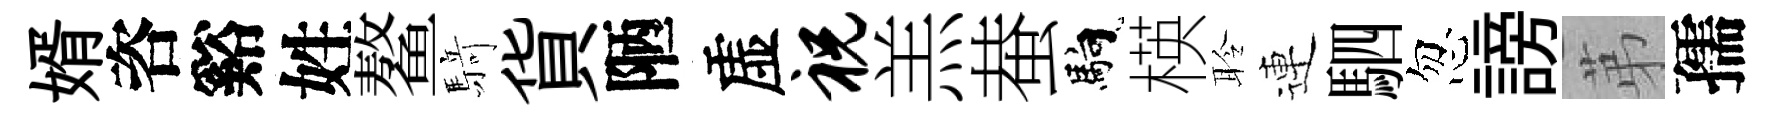
婿咨谿姓鳌𮪍貨陋虚祝羔蛬馿楧聆連駟忽謗苐孺